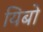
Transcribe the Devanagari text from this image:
यिबो